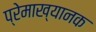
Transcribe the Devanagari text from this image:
प्रेमाख्यानक